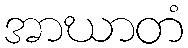
အာဃာတံ